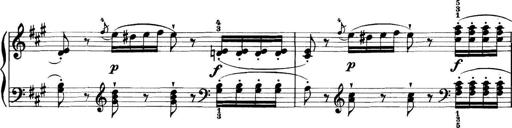
Title: 11 Sonatinas
Composer: Anton Diabelli